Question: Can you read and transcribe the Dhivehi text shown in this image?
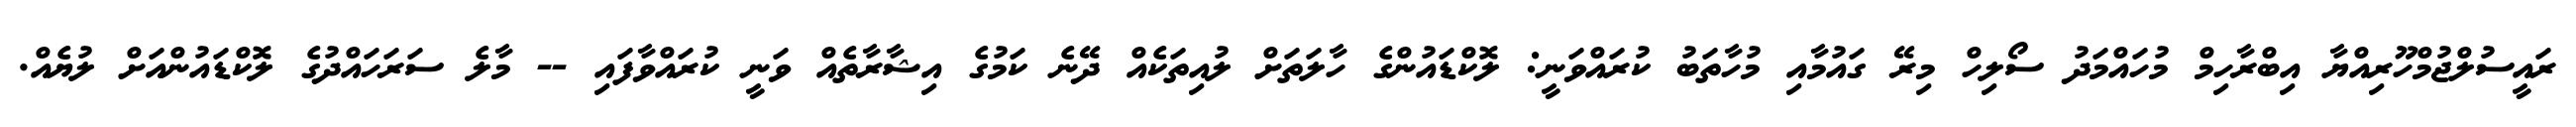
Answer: ރައީސުލްޖުމްހޫރިއްޔާ އިބްރާހިމް މުހައްމަދު ސޯލިހް މިރޭ ގައުމާއި މުހާތަބު ކުރައްވަނީ: ލޮކްޑައުންގެ ހާލަތަށް ލުއިތަކެއް ދޭނެ ކަމުގެ އިޝާރާތެއް ވަނީ ކުރައްވާފައި -- މާލެ ސަރަހައްދުގެ ލޮކްޑައުންއަށް ލުޔެއް.